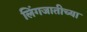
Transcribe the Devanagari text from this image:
लिंगजातीच्या